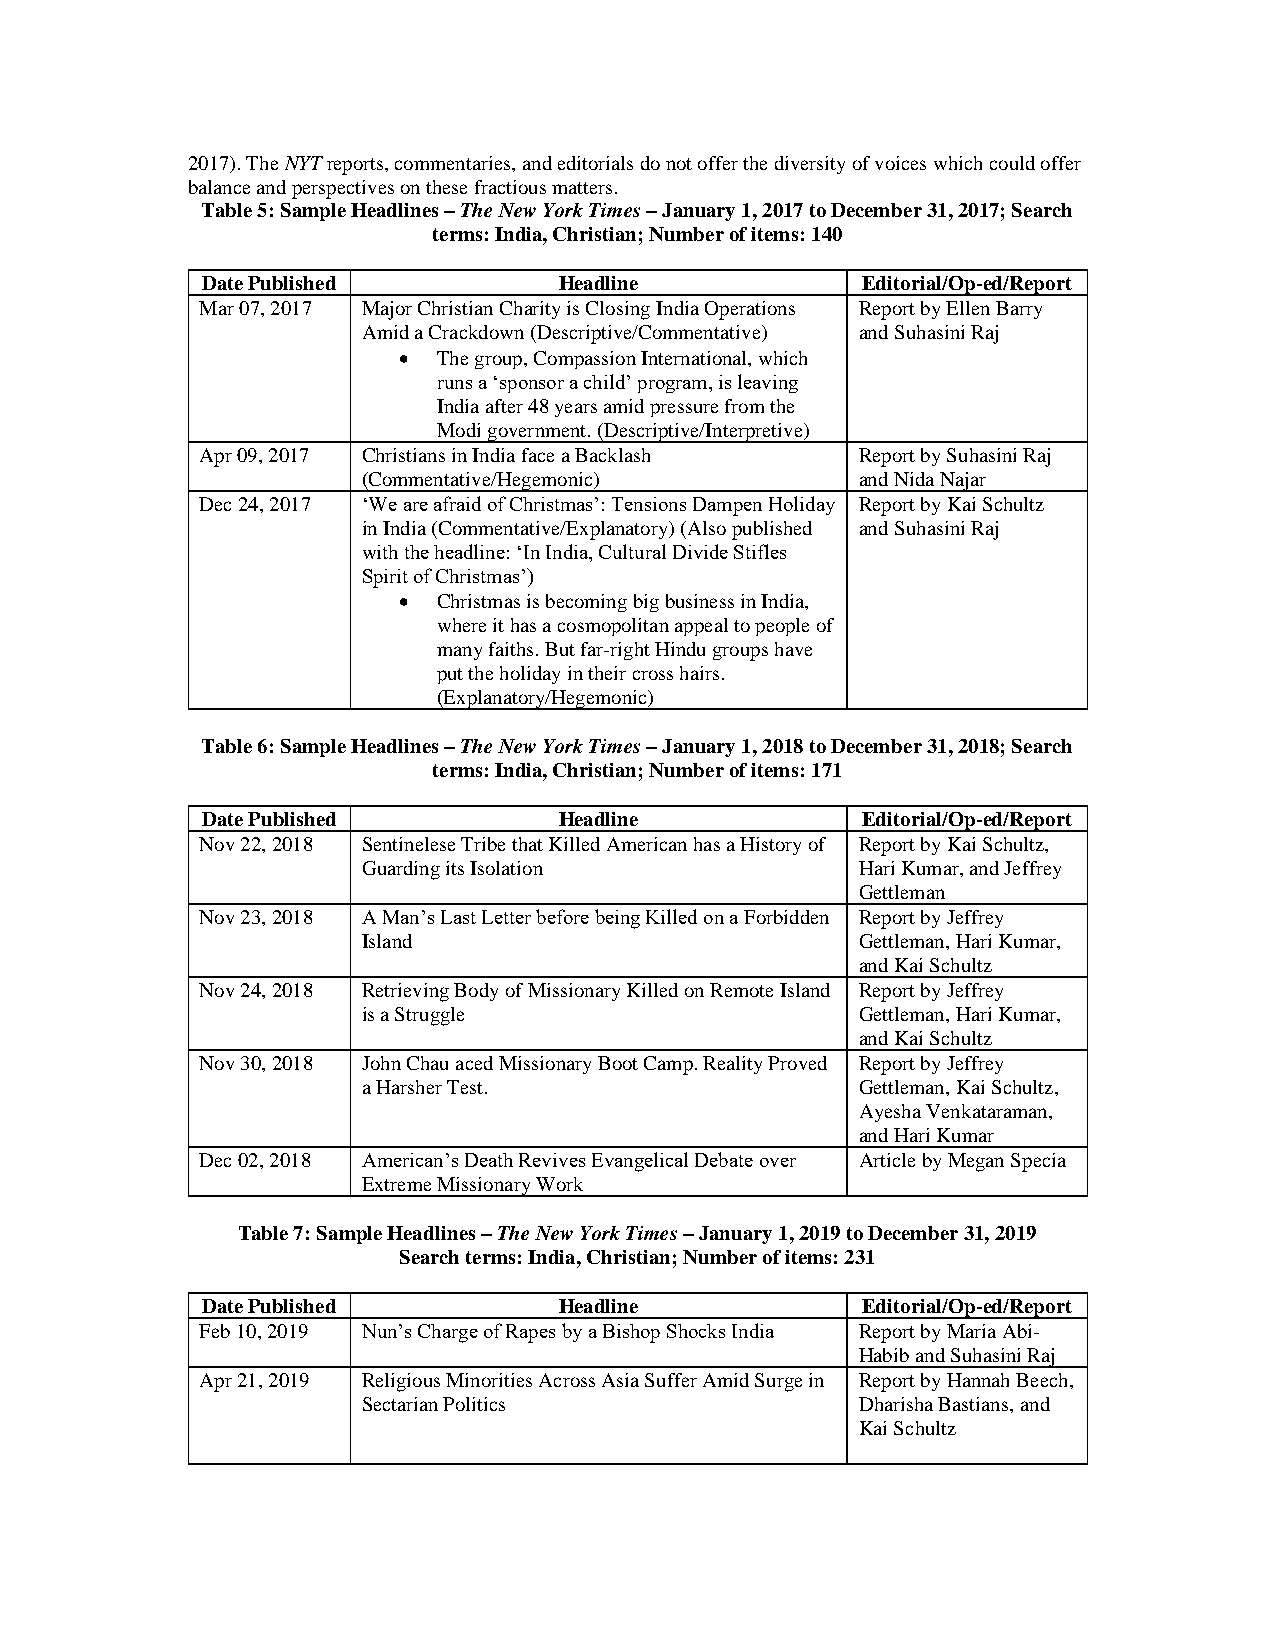
2017). The NYT reports, commentaries, and editorials do not offer the diversity of voices which could offer
 balance and perspectives on these fractious matters.
 Table 5: Sample Headlines – The New York Times – January 1, 2017 to December 31, 2017; Search
 terms: India, Christian; Number of items: 140
 Date Published          Headline            Editorial/Op-ed/Report
 Mar 07, 2017 Major Christian Charity is Closing India Operations Report by Ellen Barry
 Amid a Crackdown (Descriptive/Commentative) and Suhasini Raj
 •  The group, Compassion International, which
 runs a ‘sponsor a child’ program, is leaving
 India after 48 years amid pressure from the
 Modi government. (Descriptive/Interpretive)
 Apr 09, 2017 Christians in India face a Backlash Report by Suhasini Raj
 (Commentative/Hegemonic)         and Nida Najar
 Dec 24, 2017 ‘We are afraid of Christmas’: Tensions Dampen Holiday Report by Kai Schultz
 in India (Commentative/Explanatory) (Also published and Suhasini Raj
 with the headline: ‘In India, Cultural Divide Stifles
 Spirit of Christmas’)
 •  Christmas is becoming big business in India,
 where it has a cosmopolitan appeal to people of
 many faiths. But far-right Hindu groups have
 put the holiday in their cross hairs.
 (Explanatory/Hegemonic)
 Table 6: Sample Headlines – The New York Times – January 1, 2018 to December 31, 2018; Search
 terms: India, Christian; Number of items: 171
 Date Published          Headline            Editorial/Op-ed/Report
 Nov 22, 2018 Sentinelese Tribe that Killed American has a History of Report by Kai Schultz,
 Guarding its Isolation           Hari Kumar, and Jeffrey
 Gettleman
 Nov 23, 2018 A Man’s Last Letter before being Killed on a Forbidden Report by Jeffrey
 Island                           Gettleman, Hari Kumar,
 and Kai Schultz
 Nov 24, 2018 Retrieving Body of Missionary Killed on Remote Island Report by Jeffrey
 is a Struggle                    Gettleman, Hari Kumar,
 and Kai Schultz
 Nov 30, 2018 John Chau aced Missionary Boot Camp. Reality Proved Report by Jeffrey
 a Harsher Test.                  Gettleman, Kai Schultz,
 Ayesha Venkataraman,
 and Hari Kumar
 Dec 02, 2018 American’s Death Revives Evangelical Debate over Article by Megan Specia
 Extreme Missionary Work
 Table 7: Sample Headlines – The New York Times – January 1, 2019 to December 31, 2019
 Search terms: India, Christian; Number of items: 231
 Date Published          Headline            Editorial/Op-ed/Report
 Feb 10, 2019 Nun’s Charge of Rapes by a Bishop Shocks India Report by Maria Abi-
 Habib and Suhasini Raj
 Apr 21, 2019 Religious Minorities Across Asia Suffer Amid Surge in Report by Hannah Beech,
 Sectarian Politics               Dharisha Bastians, and
 Kai Schultz